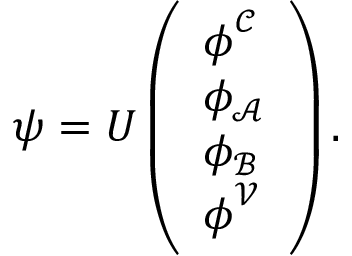
\begin{array} { r } { \boldsymbol { \psi } = \boldsymbol { { U } } \left( \begin{array} { l } { \boldsymbol \phi ^ { \mathcal { C } } } \\ { \phi _ { \mathcal { A } } } \\ { \phi _ { \mathcal { B } } } \\ { \boldsymbol \phi ^ { \mathcal { V } } } \end{array} \right) . } \end{array}